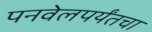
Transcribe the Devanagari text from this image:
पनवेलपर्यंतचा